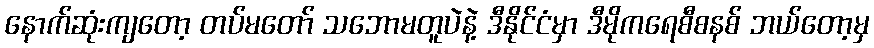
နောက်ဆုံးကျတော့ တပ်မတော် သဘောမတူပဲနဲ့ ဒီနိုင်ငံမှာ ဒီမိုကရေစီစနစ် ဘယ်တော့မှ